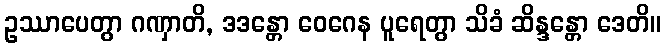
ဥဿာပေတွာ ဂဏှာတိ, ဒဒန္တော ဝေဂေန ပူရေတွာ သိခံ ဆိန္ဒန္တော ဒေတိ။